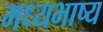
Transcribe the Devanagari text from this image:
मध्यभाष्य